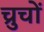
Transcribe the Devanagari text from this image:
च्रुचों